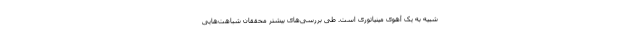
شبیه به یک آهوی مینیاتوری است. طی بررسی‌های بیشتر محققان شباهت‌هایی